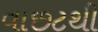
વાછટથી